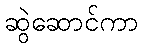
ဆွဲဆောင်ကာ